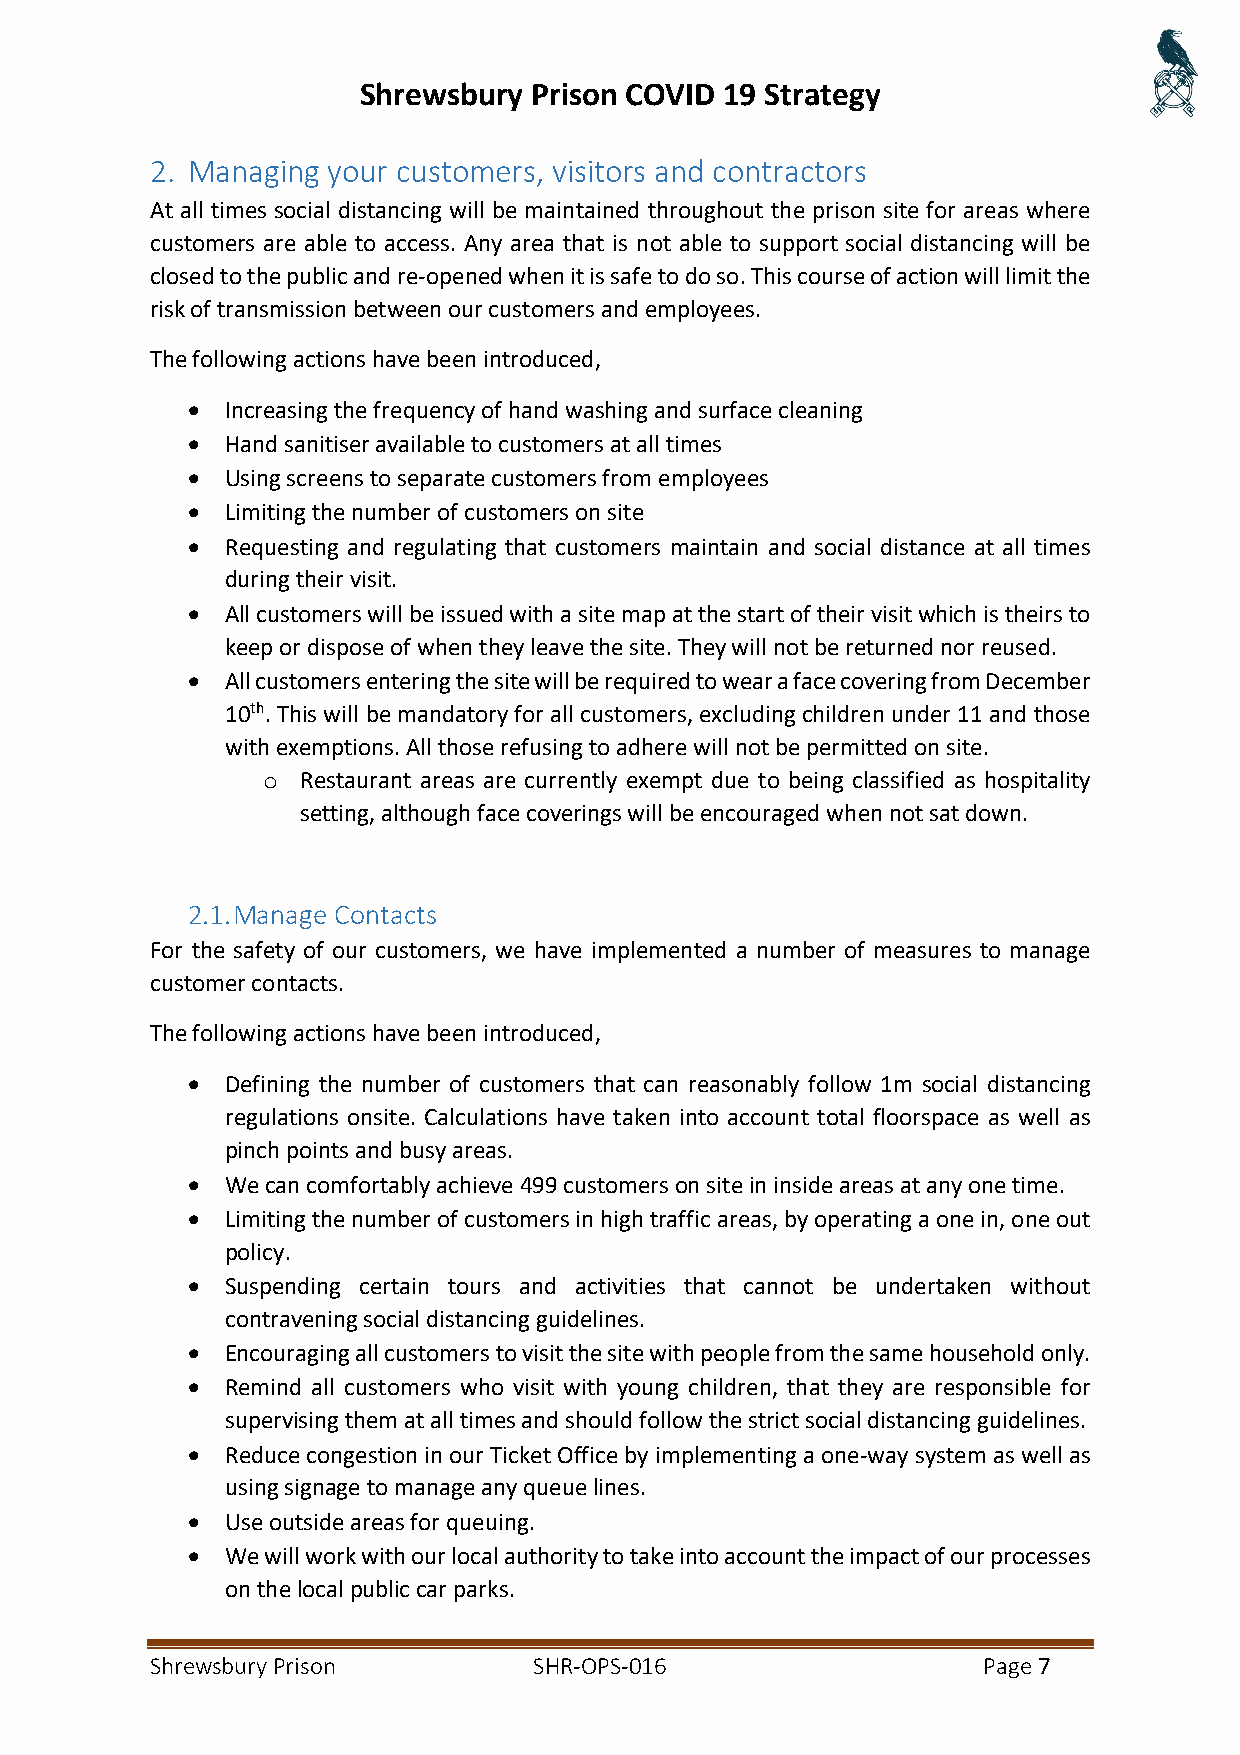
Shrewsbury Prison COVID 19 Strategy
 2. Managing your customers, visitors and contractors
 At all times social distancing will be maintained throughout the prison site for areas where
 customers are able to access. Any area that is not able to support social distancing will be
 closed to the public and re-opened when it is safe to do so. This course of action will limit the
 risk of transmission between our customers and employees.
 The following actions have been introduced,
 •  Increasing the frequency of hand washing and surface cleaning
 •  Hand sanitiser available to customers at all times
 •  Using screens to separate customers from employees
 •  Limiting the number of customers on site
 •  Requesting and regulating that customers maintain and social distance at all times
 during their visit.
 •  All customers will be issued with a site map at the start of their visit which is theirs to
 keep or dispose of when they leave the site. They will not be returned nor reused.
 •  All customers entering the site will be required to wear a face covering from December
 10th. This will be mandatory for all customers, excluding children under 11 and those
 with exemptions. All those refusing to adhere will not be permitted on site.
 o  Restaurant areas are currently exempt due to being classified as hospitality
 setting, although face coverings will be encouraged when not sat down.
 2.1. Manage Contacts
 For the safety of our customers, we have implemented a number of measures to manage
 customer contacts.
 The following actions have been introduced,
 •  Defining the number of customers that can reasonably follow 1m social distancing
 regulations onsite. Calculations have taken into account total floorspace as well as
 pinch points and busy areas.
 •  We can comfortably achieve 499 customers on site in inside areas at any one time.
 •  Limiting the number of customers in high traffic areas, by operating a one in, one out
 policy.
 •  Suspending certain tours and activities that cannot be undertaken without
 contravening social distancing guidelines.
 •  Encouraging all customers to visit the site with people from the same household only.
 •  Remind all customers who visit with young children, that they are responsible for
 supervising them at all times and should follow the strict social distancing guidelines.
 •  Reduce congestion in our Ticket Office by implementing a one-way system as well as
 using signage to manage any queue lines.
 •  Use outside areas for queuing.
 •  We will work with our local authority to take into account the impact of our processes
 on the local public car parks.
 Shrewsbury Prison        SHR-OPS-016                   Page 7